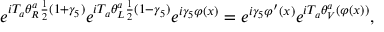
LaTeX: e ^ { { i T _ { a } \theta _ { R } ^ { a } \frac { 1 } { 2 } ( 1 + \gamma _ { 5 } ) } } e ^ { { i T _ { a } \theta _ { L } ^ { a } \frac { 1 } { 2 } ( 1 - \gamma _ { 5 } ) } } e ^ { i \gamma _ { 5 } \varphi ( x ) } = e ^ { i \gamma _ { 5 } \varphi ^ { \prime } ( x ) } e ^ { i T _ { a } \theta _ { V } ^ { a } ( \varphi ( x ) ) } ,